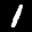
Label: 1